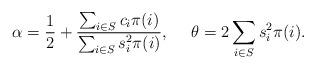
LaTeX: \begin{align*} \alpha = \frac{1}{2} + \frac{\sum_{i \in S} c_i \pi (i)}{\sum_{i \in S} s_i^2 \pi (i) } , ~~~~\theta = 2 \sum_{i \in S} s_i^2 \pi (i) .\end{align*}